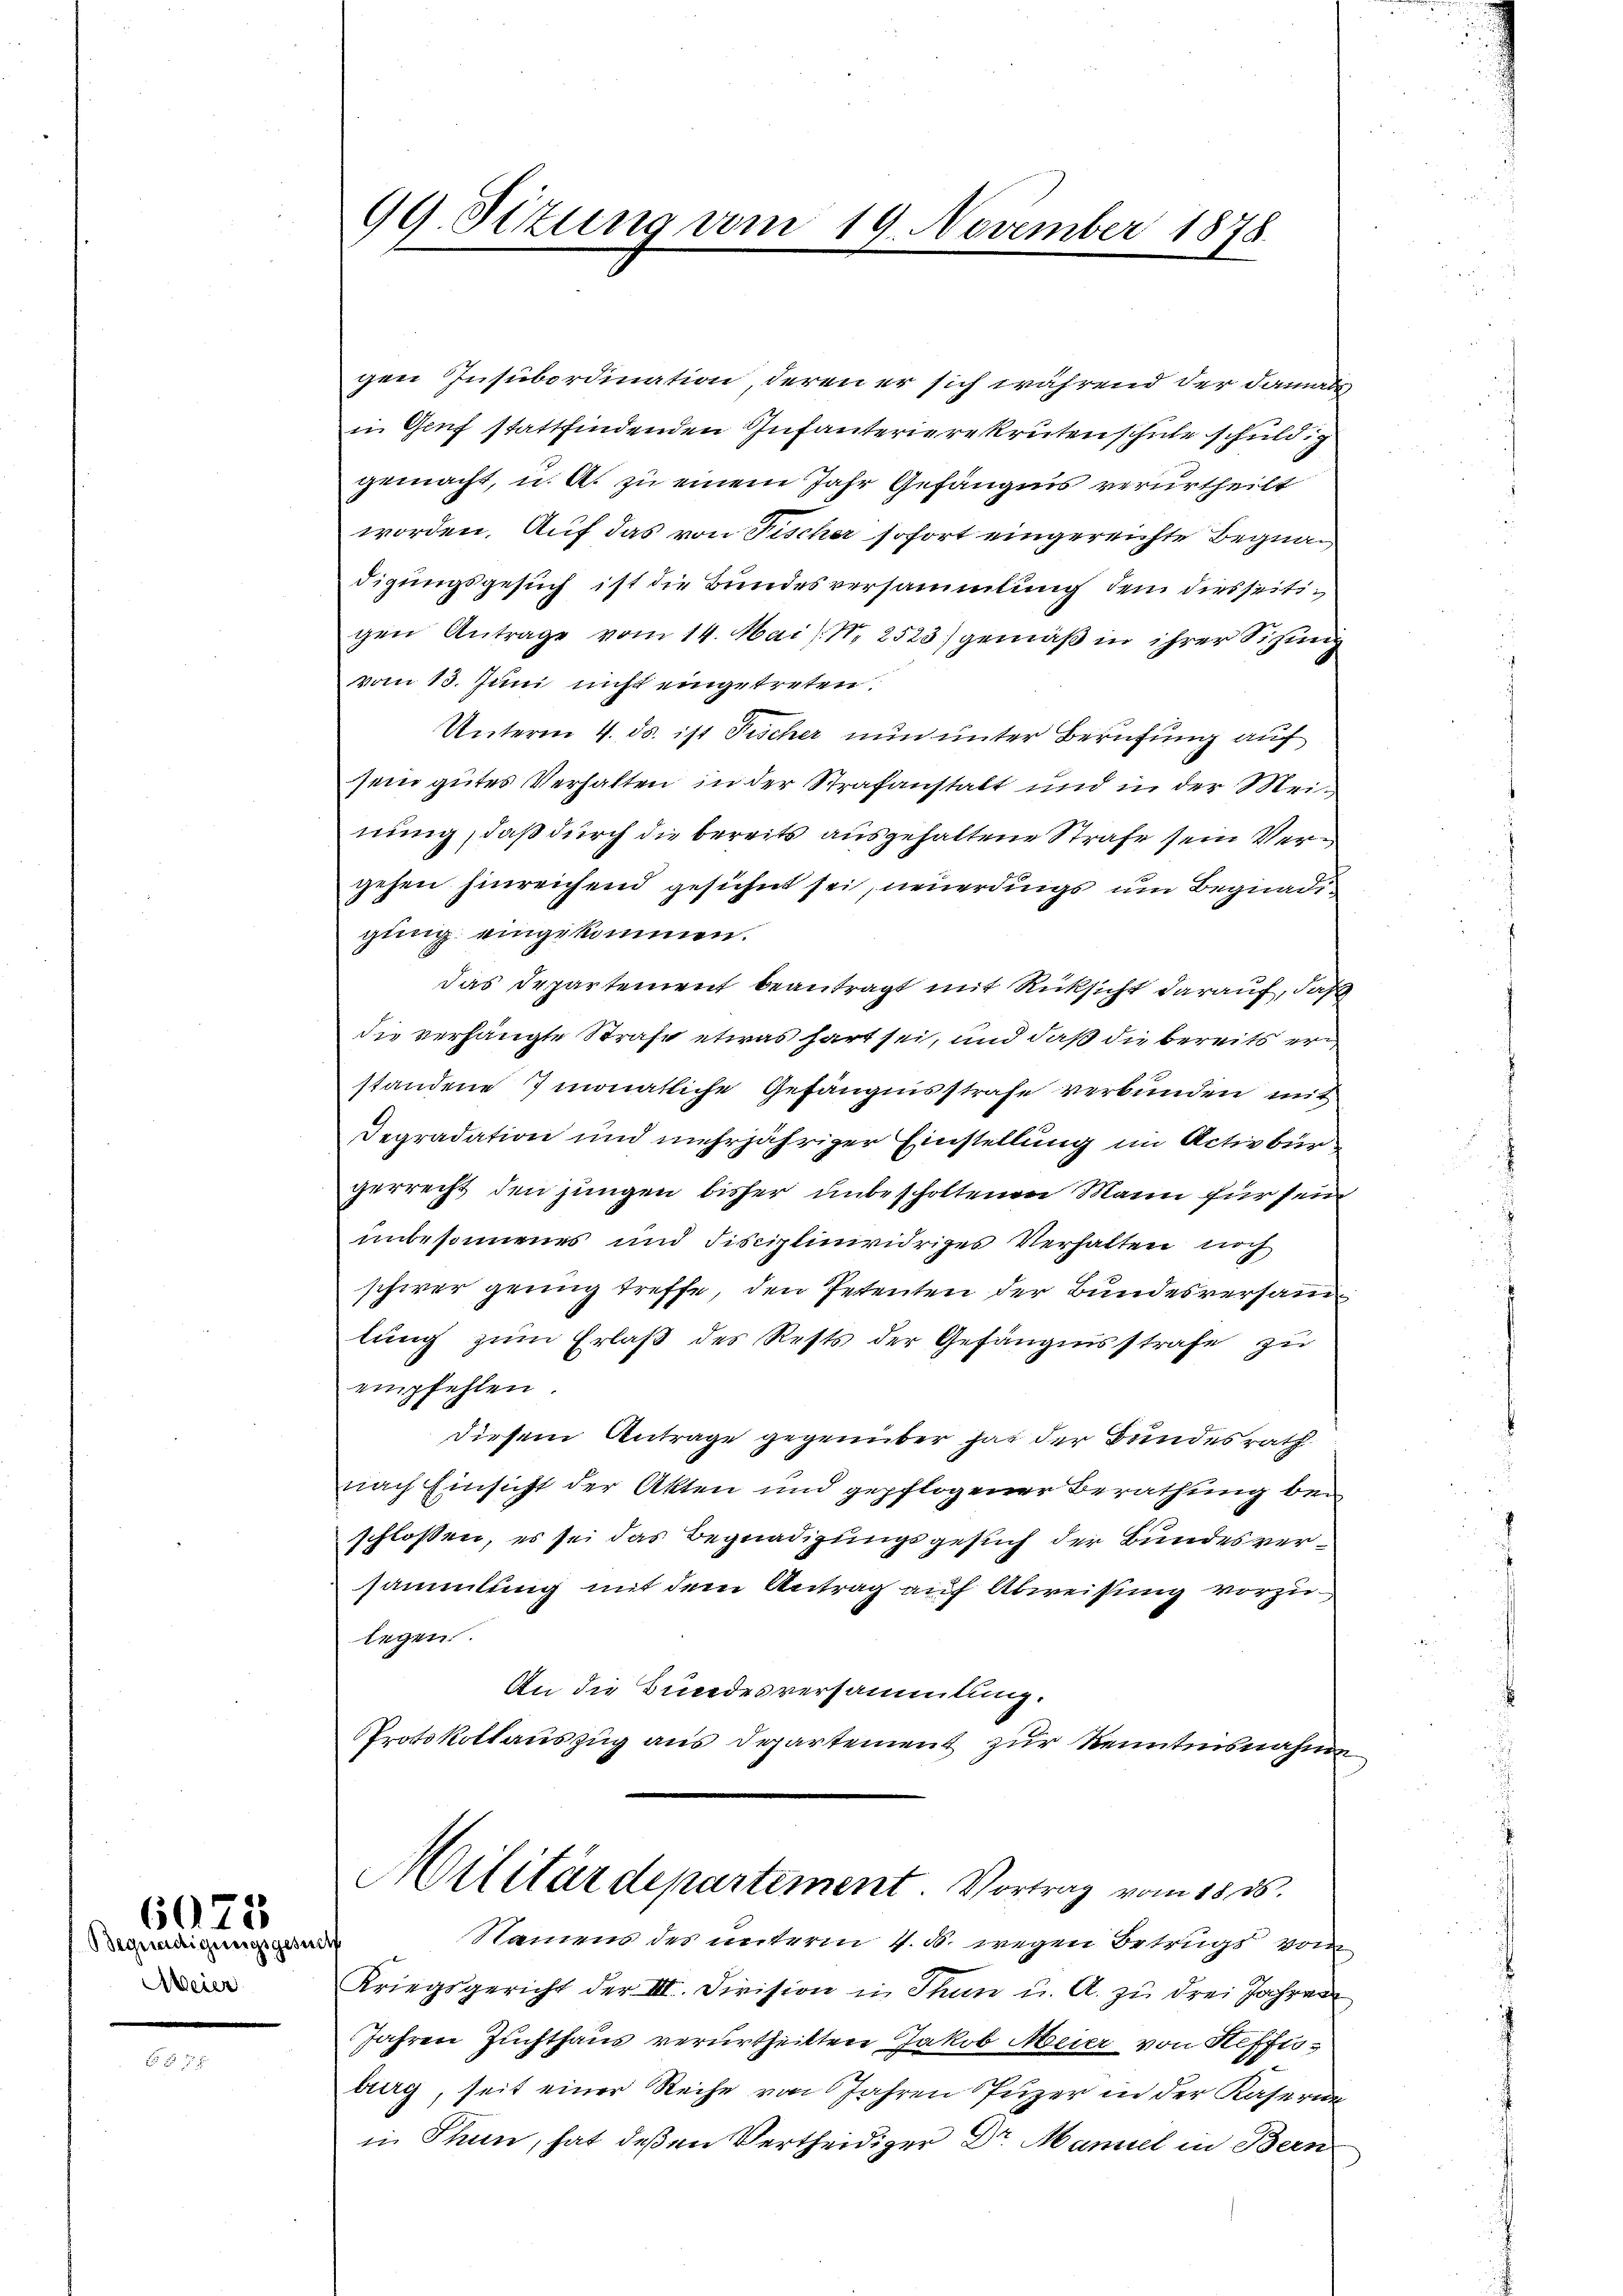
Meier

6073
Begnadigungsgesuch

99. Sizung vom 19. November 1878.

gen Insubordination, deren er sich während der damals
in Genf stattfindenden Infanterierekrutenschule schuldig
gemacht, u. A. zu einem Jahr Gefängnis verurtheilt
worden. Auf das von Fischer sofort eingereichte Begnadigungsgesuch ist die Bundesversammlung dem diesseitigen Antrage vom 14. Mai (N. 2523) gemäß in ihrer Sitzung
vom 13. Juni nicht eingetreten.
Unterm 4. ds. ist Fischer nun unter Berufung auf
sein gutes Verhalten in der Strafanstalt und in der Meinung, daß durch die bereits ausgehaltene Strafe sein Vergehen hinreichend gesühnt sei, neuerdings um Begnadigung eingekommen.
das Departement beantragt mit Rücksicht darauf, daß
die verhängte Strafe etwas hart sei, und daß die bereits er
standene 7 monatliche Gefängnisstrafe verbunden mit
Degradation und mehrjähriger Einstellung im Activbürgerrecht den jungen bisher unbescholtenen Mann für sein
unbesonnenes und Fisciplinividriges Verhalten noch
schwer genug treffe, den Petenten der Bundesversamlung zum Erlaß des Rests der Gefängnisstrafe zu
empfehlen
diesem Antrage gegenüber hat der Bundesrath
nach Einsicht der Akten und gepflogener Berathung bei
schlossen, es sei das Begnadigungsgesuch der Bundesversammlung mit dem Antrag auf Abweisung vorzulegen.
An die Bundesversammlung.
Protokollauszug aus Departement zur Kenntnisnahme
Militärdepartement. Vortrag vom 18. ds.
Namens des unterm 4. d. wegen Betrugs vom
Kriegsgericht der III. Division in Thun u. A. zu drei Jahren
Jahren Zuchthaus verurtheilten Jakob Meier von Neffeburg, seit einer Reihe von Jahren Puzer in der Kaserun
in Thun, hat deßen Vertheidiger Dr. Maniel in Bern